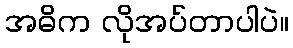
အဓိက လိုအပ်တာပါပဲ။